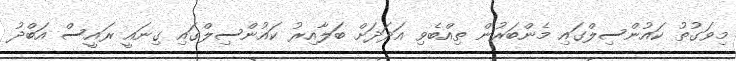
މިވަގުތު ކައުންސިލްގައި މެންބަރުން ތިއްބެވި އަދަދަަށް ބަލާއިރު ކައުންސިލްގައި ގިނައީ ރައީސް އަބްދު